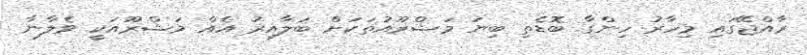
ރާއްޖޭގައި މިހާރު ހިންގާ ބޮޑެތި ބިޔަ މަޝްރޫއުތަކަށް ބަލާއިރު އެއް މަޝްރޫއަކީ ވެލާނާ